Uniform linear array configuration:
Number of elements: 32
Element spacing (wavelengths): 0.75
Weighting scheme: hann
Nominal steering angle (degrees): -15
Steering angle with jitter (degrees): -16.93
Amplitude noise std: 0.05
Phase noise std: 0.05

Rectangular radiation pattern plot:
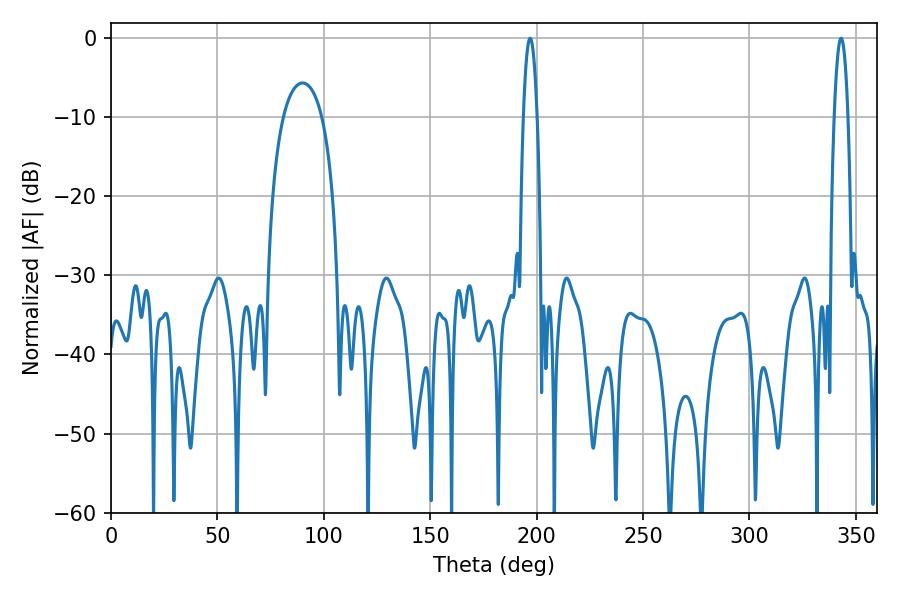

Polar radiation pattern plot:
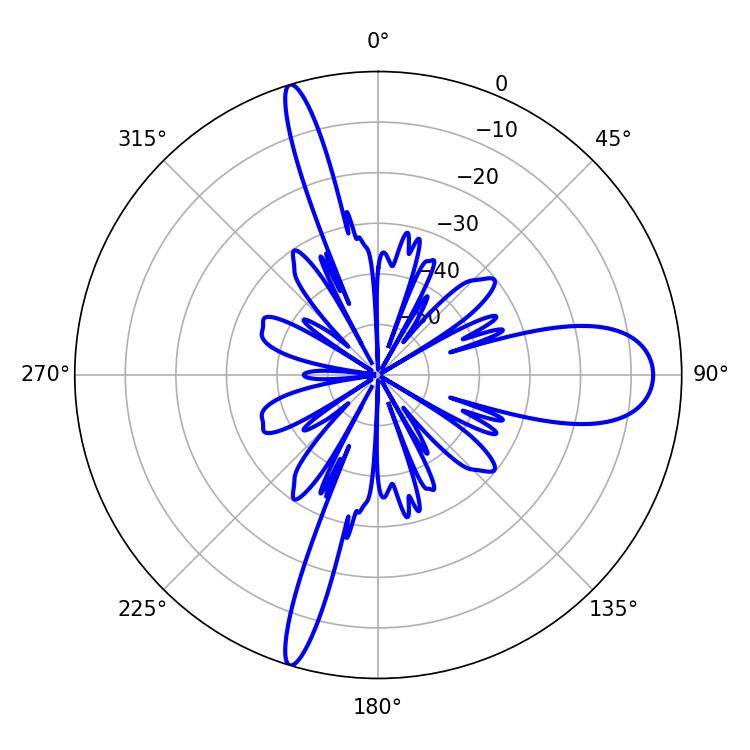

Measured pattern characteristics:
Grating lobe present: TRUE
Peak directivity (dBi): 17.682
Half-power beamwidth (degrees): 3.6
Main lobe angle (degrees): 196.92